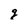
Character: g